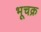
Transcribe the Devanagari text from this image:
भूचक्र